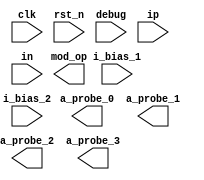
`default_nettype none
module analog_top(
`ifdef USE_POWER_PINS
    inout vdd,
    inout vss,
`endif
    input wire clk,
    input wire rst_n,
    input wire debug,
    output wire mod_op,

    input wire ip,
    input wire in,
    input wire i_bias_1,
    input wire i_bias_2,
    output wire a_probe_0,
    output wire a_probe_1,
    output wire a_probe_2,
    output wire a_probe_3
);



endmodule
`default_nettype wire